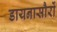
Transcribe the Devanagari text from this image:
डायनासौरों